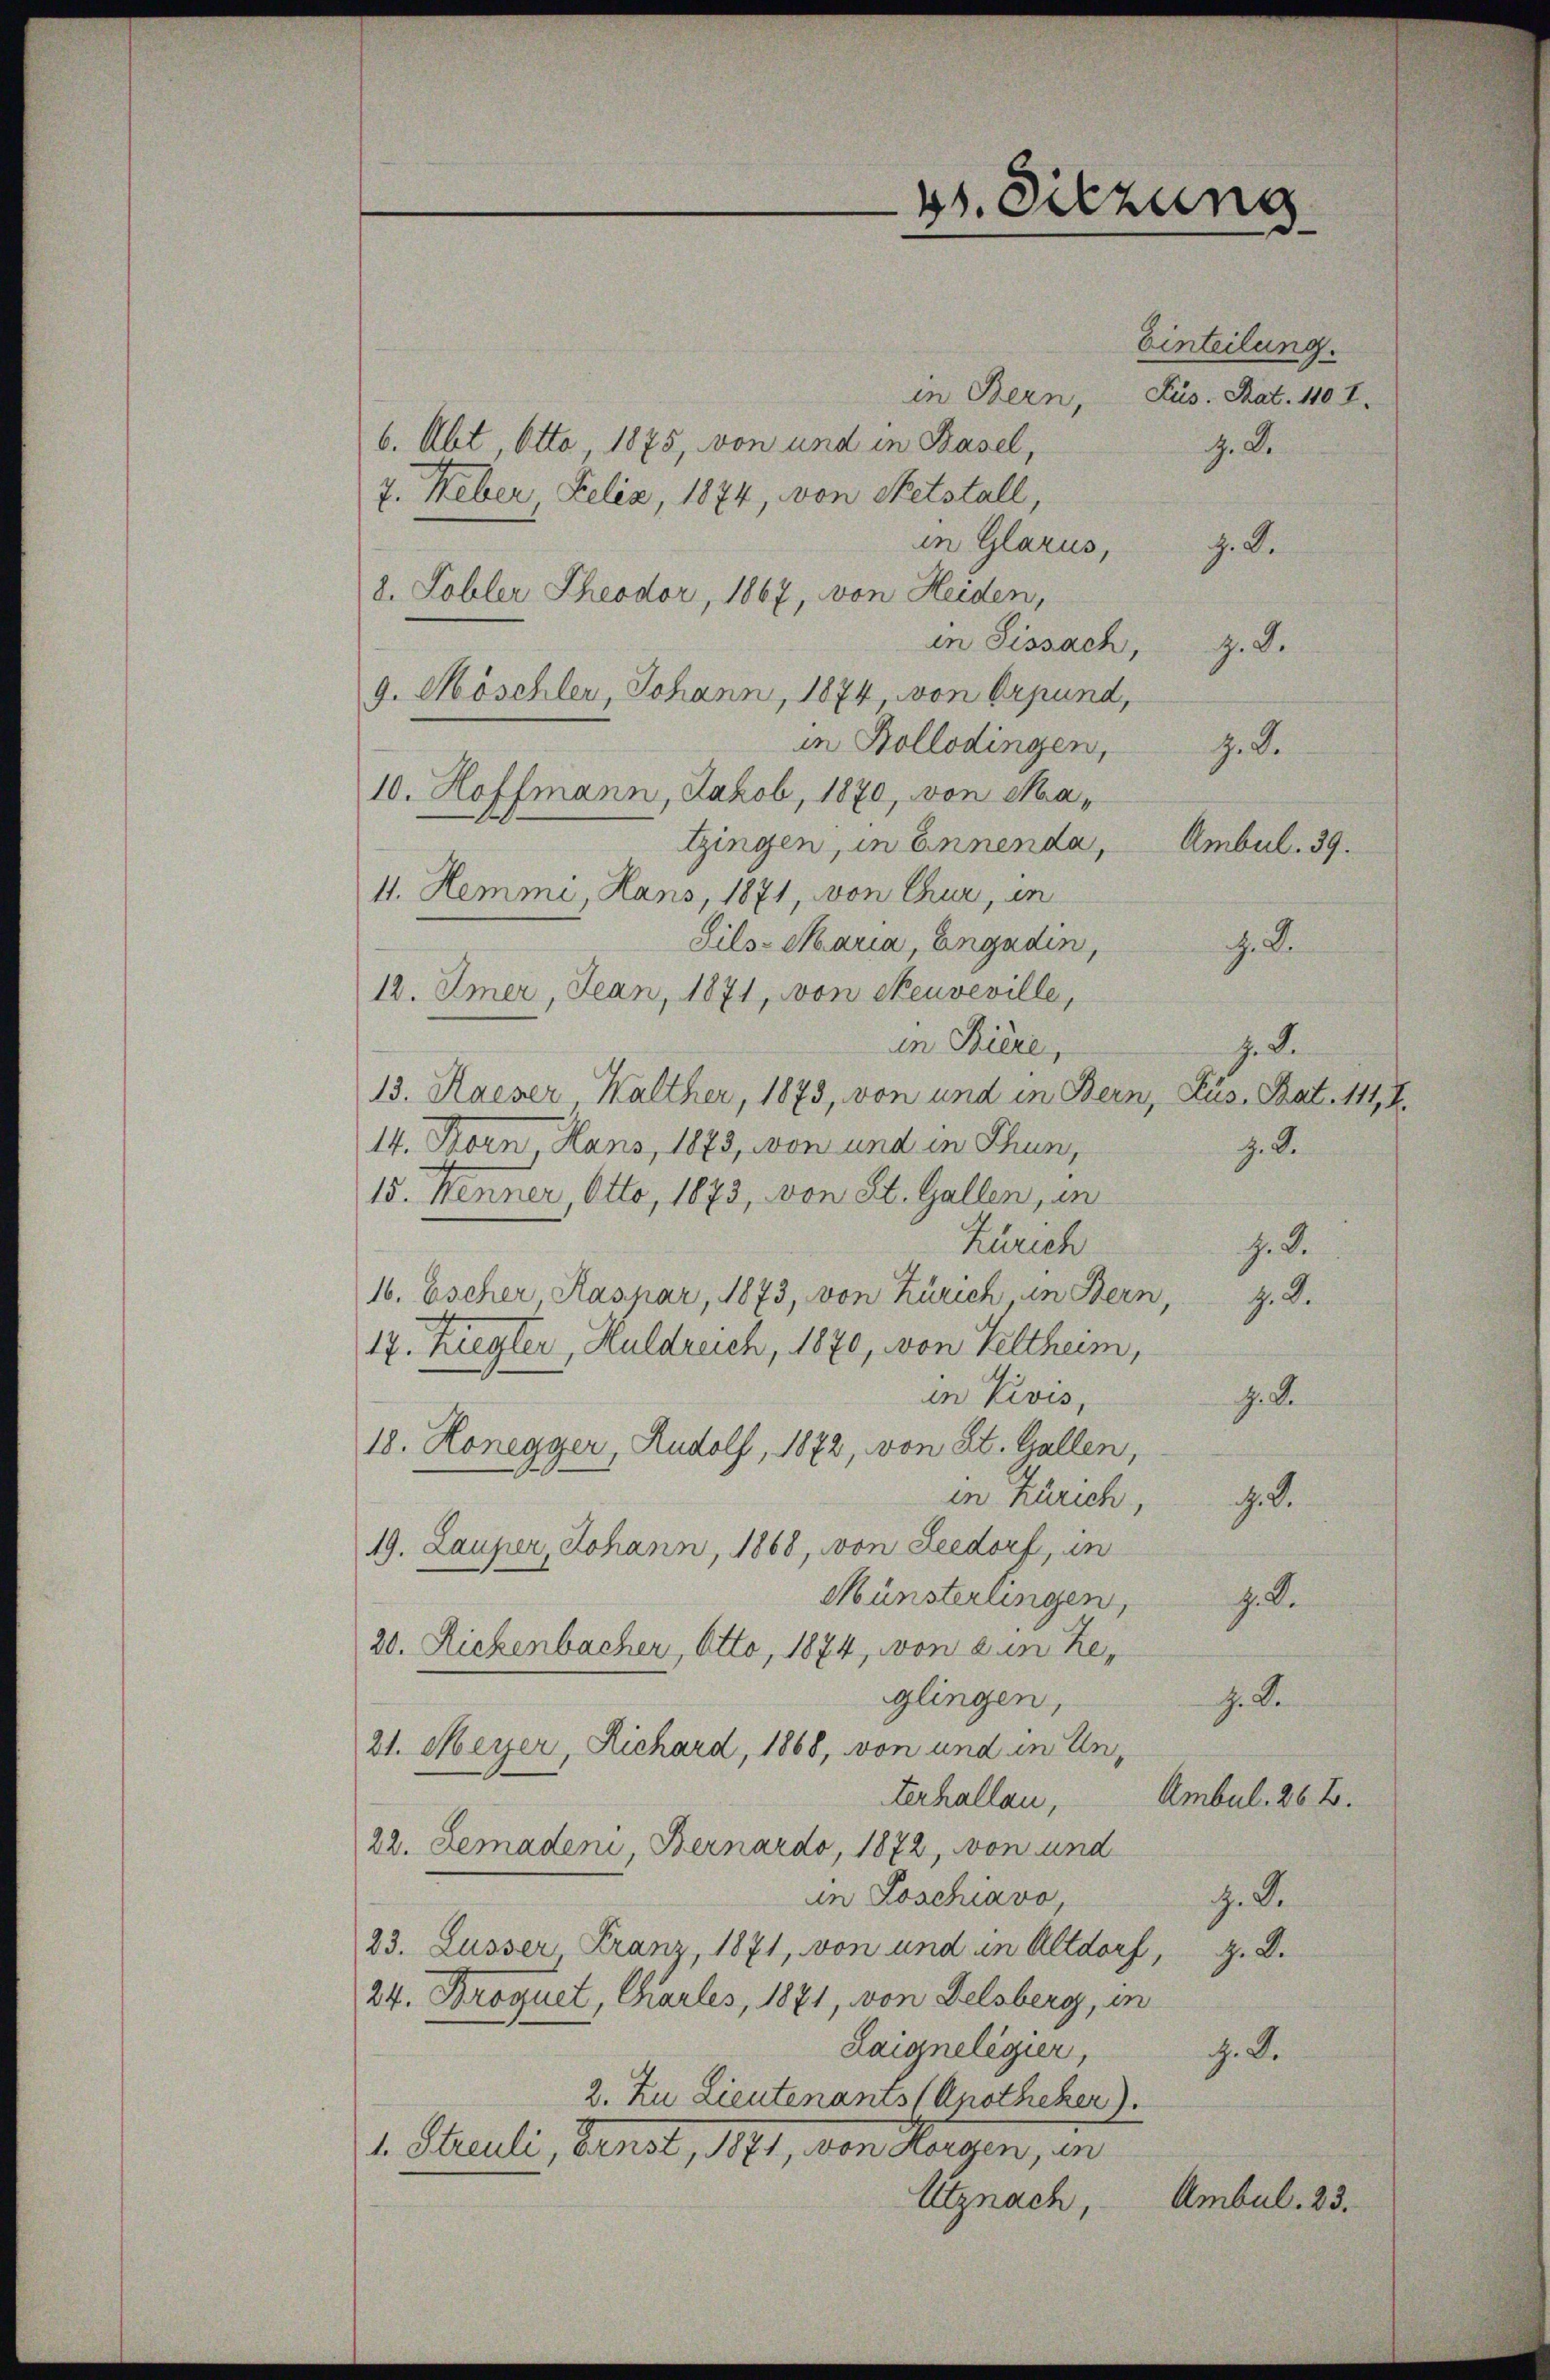
6. Abt, Otto 1875, von und in Basel,
7. Heber Felix, 1874, von Netstall,
in Glarus, z. B.
8. Tobler Theodor, 1867, von Heiden,
in Sissach, z. B.
g. Möschler, Johann, 1874, von Orpund,
in Kollodingen, z. B.
10. Hoffmann, Jakob, 1870, von Matzingen, in Ennenda, Ambul. 39.
4. Hemme, Hans, 1871, von Chur, in
Sils-Maria, Engadin,
G. B.
12. Amer, Jean, 1871, von Neuveville,
in Biere,
z. S.
13. Haeser Walther, 1873, von und in Bern, Lus, Bat. 1114.
14. Korn, Hans, 1873, won und in Thun,
z. B.
15. Henner, Otto, 1873, von St. Gallen, in
Zürich
G. B.
16. Escher, Kaspar, 1873, von Zürich in Bern, z. B.
17. Ziegler, Huldreich, 1870, von Velthum,
in Pivis,
J. de
18. Honegger, Rudolf, 1872, von St. Gallen,
in Zürich, d. d.
19. Lauper, Johann, 1868, von Leedorf, in
Münsterlingen,
z. S.
20. Rickenbacher, Otto, 1874, von ein Reglingen,
h. Be
21. Meyer, Richard, 1868, von und in Un¬
Ambul. 26 B.
terhallen,
22. Lemaden Bernardo, 1872, von und
in Poschiavo,
. D.
23. Lusser, Franz, 1871, von und in Altdorf, z. B.
24. Broquet, Charles, 1871, von Felsberg, in
Laigneligier,
c. S.
2. Zu Lieutenants (Apotheker).
1. Streuli, Fenst, 1891, von Horgen, in
Utznach, Ambul. 23.

4t. Sitzung

Einteilung.
in Bern, Sus. Rat. 110 f.
H. D.